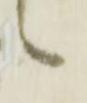
候